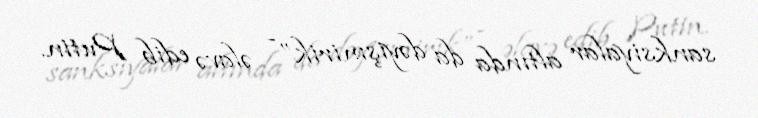
sanksiyalar altında da dəyişmirik” - əlavə edib Putin.